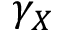
\gamma _ { X }